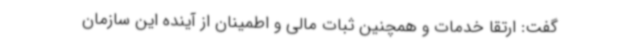
گفت: ارتقا خدمات و همچنین ثبات مالی و اطمینان از آینده این سازمان